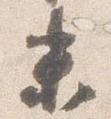
未